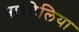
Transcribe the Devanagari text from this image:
आस्र्टेलिया